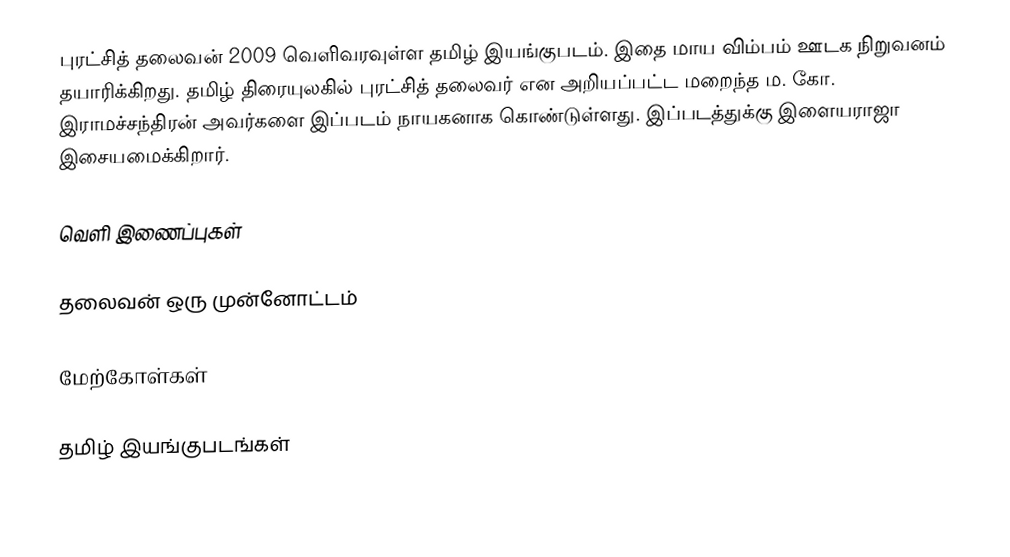
புரட்சித் தலைவன் 2009 வெளிவரவுள்ள தமிழ் இயங்குபடம்.  இதை மாய விம்பம் ஊடக நிறுவனம் தயாரிக்கிறது. தமிழ் திரையுலகில் புரட்சித் தலைவர் என அறியப்பட்ட மறைந்த ம. கோ. இராமச்சந்திரன் அவர்களை இப்படம் நாயகனாக கொண்டுள்ளது.  இப்படத்துக்கு இளையராஜா இசையமைக்கிறார்.

வெளி இணைப்புகள்

 தலைவன் ஒரு முன்னோட்டம்

மேற்கோள்கள்

தமிழ் இயங்குபடங்கள்